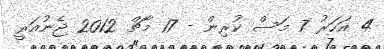
4 އަހަރު 7 މަސް ކުރިން - 17 މާޗް 2012 ޖެނުއަރީ